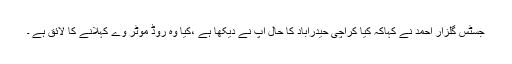
جسٹس گلزار احمد نے کہاکہ کیا کراچی حیدرآباد کا حال آپ نے دیکھا ہے ،کیا وہ روڈ موٹر وے کہلانے کا لائق ہے ۔